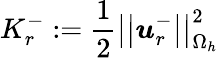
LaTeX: K_{r}^{-}:=\frac{1}{2}\left|\left|\boldsymbol{u}_{r}^{-}\right|\right|_{\Omega_{h}}^{2}